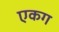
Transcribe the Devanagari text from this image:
एकग